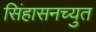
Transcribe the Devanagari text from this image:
सिंहासनच्युत